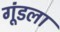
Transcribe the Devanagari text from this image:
गूंडला